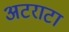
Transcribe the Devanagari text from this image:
अटराटा